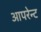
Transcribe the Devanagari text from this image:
आपरेन्ट